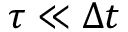
\tau \ll \Delta t